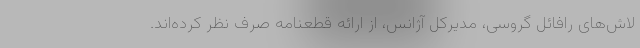
لاش‌های رافائل گروسی، مدیرکل آژانس، از ارائه قطعنامه صرف نظر کرده‌اند.